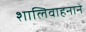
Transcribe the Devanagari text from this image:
शालिवाहनाने